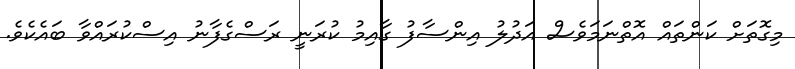
މިގޮތަށް ކަންތައް އޮތްނަމަވެސް އަދުލު އިންސާފު ގާއިމު ކުރަނީ ރަސްގެފާނު އިސްކުރައްވާ ބައެކެވެ.